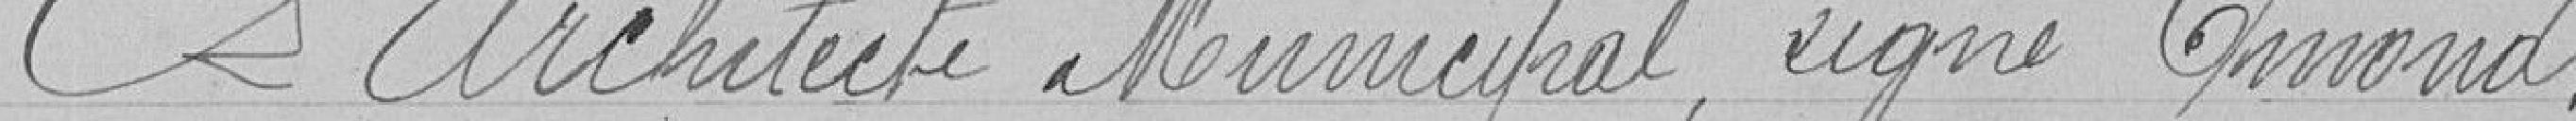
L'Architecte Municipal, signé Emond